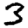
Digit: 3